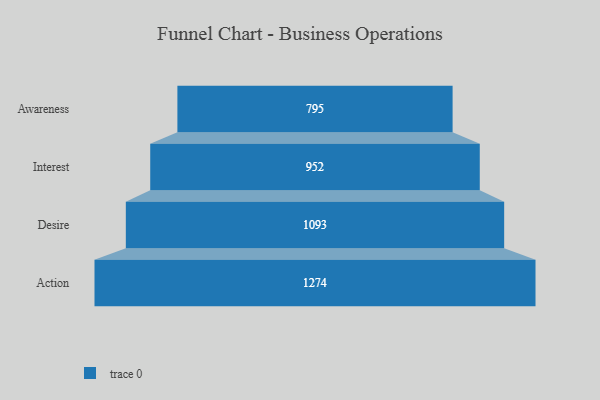
{"axis": {"x": "Stage", "y": "Value"}, "legend": [""], "data": [{"x": "Awareness", "y": 795.0, "type": ""}, {"x": "Interest", "y": 952.0, "type": ""}, {"x": "Desire", "y": 1093.0, "type": ""}, {"x": "Action", "y": 1274.0, "type": ""}]}